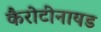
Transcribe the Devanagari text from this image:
कैरोटीनायड